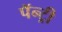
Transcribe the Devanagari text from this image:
पॅन्ट्री